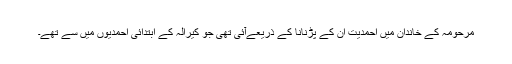
مرحومہ کے خاندان میں احمدیت ان کے پڑنانا کے ذریعےآئی تھی جو کیرالہ کے ابتدائی احمدیوں میں سے تھے۔